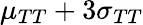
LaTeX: \mu_{TT}+3\sigma_{TT}